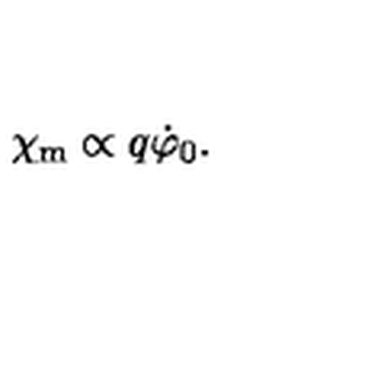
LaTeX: \chi _ { \mathrm { m } } \propto q \dot { \varphi } _ { 0 } .